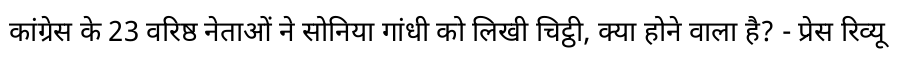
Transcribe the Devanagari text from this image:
कांग्रेस के 23 वरिष्ठ नेताओं ने सोनिया गांधी को लिखी चिट्ठी, क्या होने वाला है? - प्रेस रिव्यू